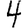
Digit: 4